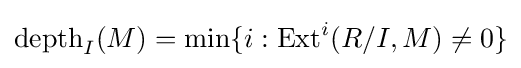
\mathrm {depth} _{I}(M)=\min\{i:\operatorname {Ext} ^{i}(R/I,M)\neq 0\}